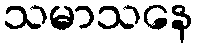
သမာသနေ